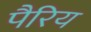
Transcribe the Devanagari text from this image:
पैरिय